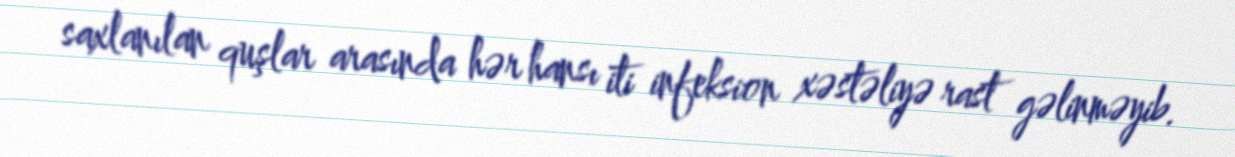
saxlanılan quşlar arasında hər hansı iti infeksion xəstəliyə rast gəlinməyib.